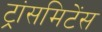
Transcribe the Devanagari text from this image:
ट्रांसमिटेंस